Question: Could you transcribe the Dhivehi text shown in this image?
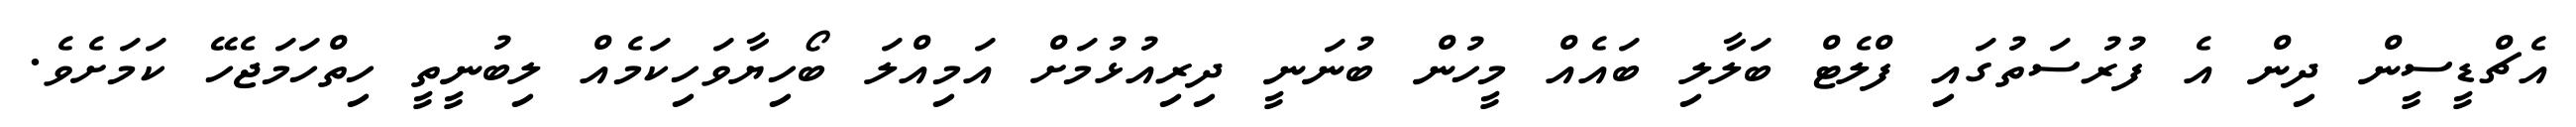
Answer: އެޗްޑީސީން ދިން އެ ފުރުސަތުގައި ފްލެޓް ބަލާލި ބައެއް މީހުން ބުނަނީ ދިރިއުޅުމަށް އަމިއްލަ ބޯހިޔާވަހިކަމެއް ލިބުނީތީ ހިތްހަމަޖެހޭ ކަމަށެވެ.